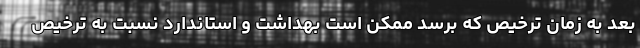
بعد به زمان ترخیص که برسد ممکن است بهداشت و استاندارد نسبت به ترخیص